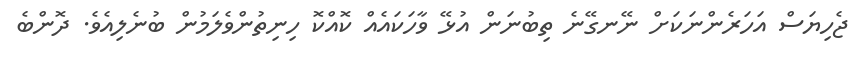
ޖެހިޔަސް އަހަރެންނަކަށް ނޭނގޭނެ ތިބުނަން އުޅޭ ވާހަކައެއް ކޮއްކޮ ހިނިތުންވެލަމުން ބުނެލިއެވެ. ދޮންބެ